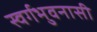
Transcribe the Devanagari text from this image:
स्वर्गभुवनासी